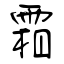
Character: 霜